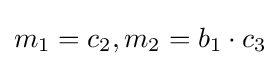
m_{1}=c_{2},m_{2}=b_{1}\cdot c_{3}